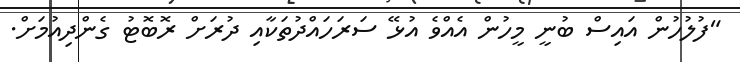
"ފުލުހުން އައިސް ބުނީ މީހުން އެއްވެ އުޅޭ ސަރަހައްދުތަކާއި ދުރަށް ރޮބޮޓު ގެންދިއުމަށް.